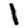
Digit: 1